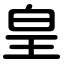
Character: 皇